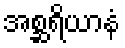
အစ္ဆရိယာနံ